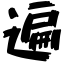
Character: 遍